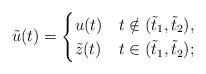
\begin{align*}\tilde{u}(t) =\begin{cases}u(t) & t \notin (\tilde{t}_1, \tilde{t}_2), \\\tilde{z}(t) & t \in (\tilde{t}_1, \tilde{t}_2);\end{cases}\end{align*}